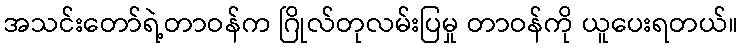
အသင်းတော်ရဲ့တာဝန်က ဂြိုလ်တုလမ်းပြမှု တာဝန်ကို ယူပေးရတယ်။